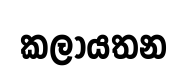
කලායතන